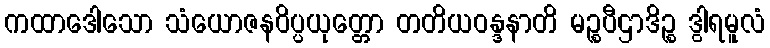
ကထာဒေါသော သံယောဇနဝိပ္ပယုတ္တော တတိယဝန္ဒနာတိ မဉ္စပီဌာဒိဉ္စ ဒွါရမူလံ